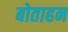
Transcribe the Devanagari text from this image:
बोताहन